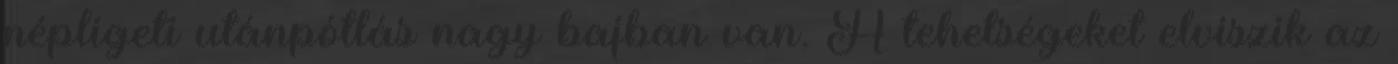
népligeti utánpótlás nagy bajban van. A tehetségeket elviszik az